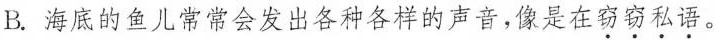
B.海底的鱼儿常常会发出各种各样的声音，像是在窃窃私语。